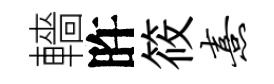
轖旿筱熹